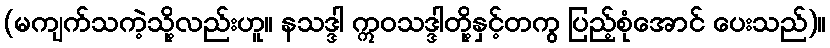
(မကျက်သကဲ့သို့လည်းဟူ။ နသဒ္ဒါ ဣဝသဒ္ဒါတို့နှင့်တကွ ပြည့်စုံအောင် ပေးသည်)။